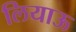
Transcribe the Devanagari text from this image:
लियाऊ